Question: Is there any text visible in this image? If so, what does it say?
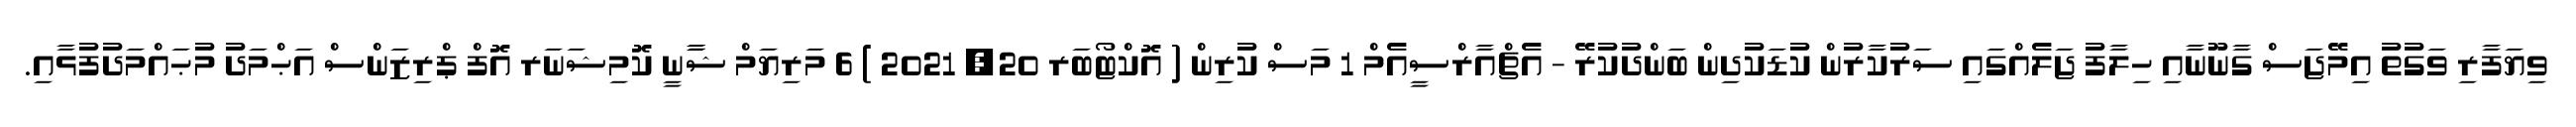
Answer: ވިޔަފާރި ވަގުތު އިމޭޖަސް ގާނޫނާއި ހިލާފު ޖަލެއްގައި ސަރުކާރުން ކުޑަކުދިން ބަންދުކުރޭ - އެޗްއާރްސީއެމް 1 މަސް ކުރިން ( އޮކްޓޯބަރ 20, 2021 ) 6 މަރިޔަމް ޝާާނީ ކޮމިޝަނަރ އޮފް ޕްރިޒަންސް އަޙްމަދު މުޙައްމަދުފުޅާއި.